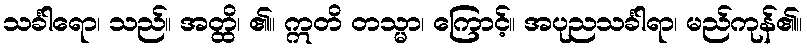
သင်္ခါရော၊ သည်။ အတ္ထိ၊ ၏။ ဣတိ တသ္မာ၊ ကြောင့်။ အပုညသင်္ခါရာ၊ မည်ကုန်၏။